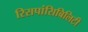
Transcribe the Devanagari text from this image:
रिसपांसिबिलिटी